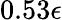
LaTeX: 0.53\epsilon